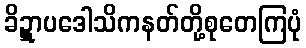
ခိဍ္ဋာပဒေါသိကနတ်တို့စုတေကြပုံ